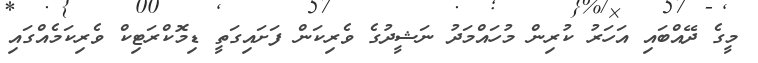
މީގެ ދޭއްބައި އަހަރު ކުރިން މުހައްމަދު ނަޝީދުގެ ވެރިކަން ފަށައިގަތީ ޑިމޮކްރަޓިކް ވެރިކަމެއްގައި